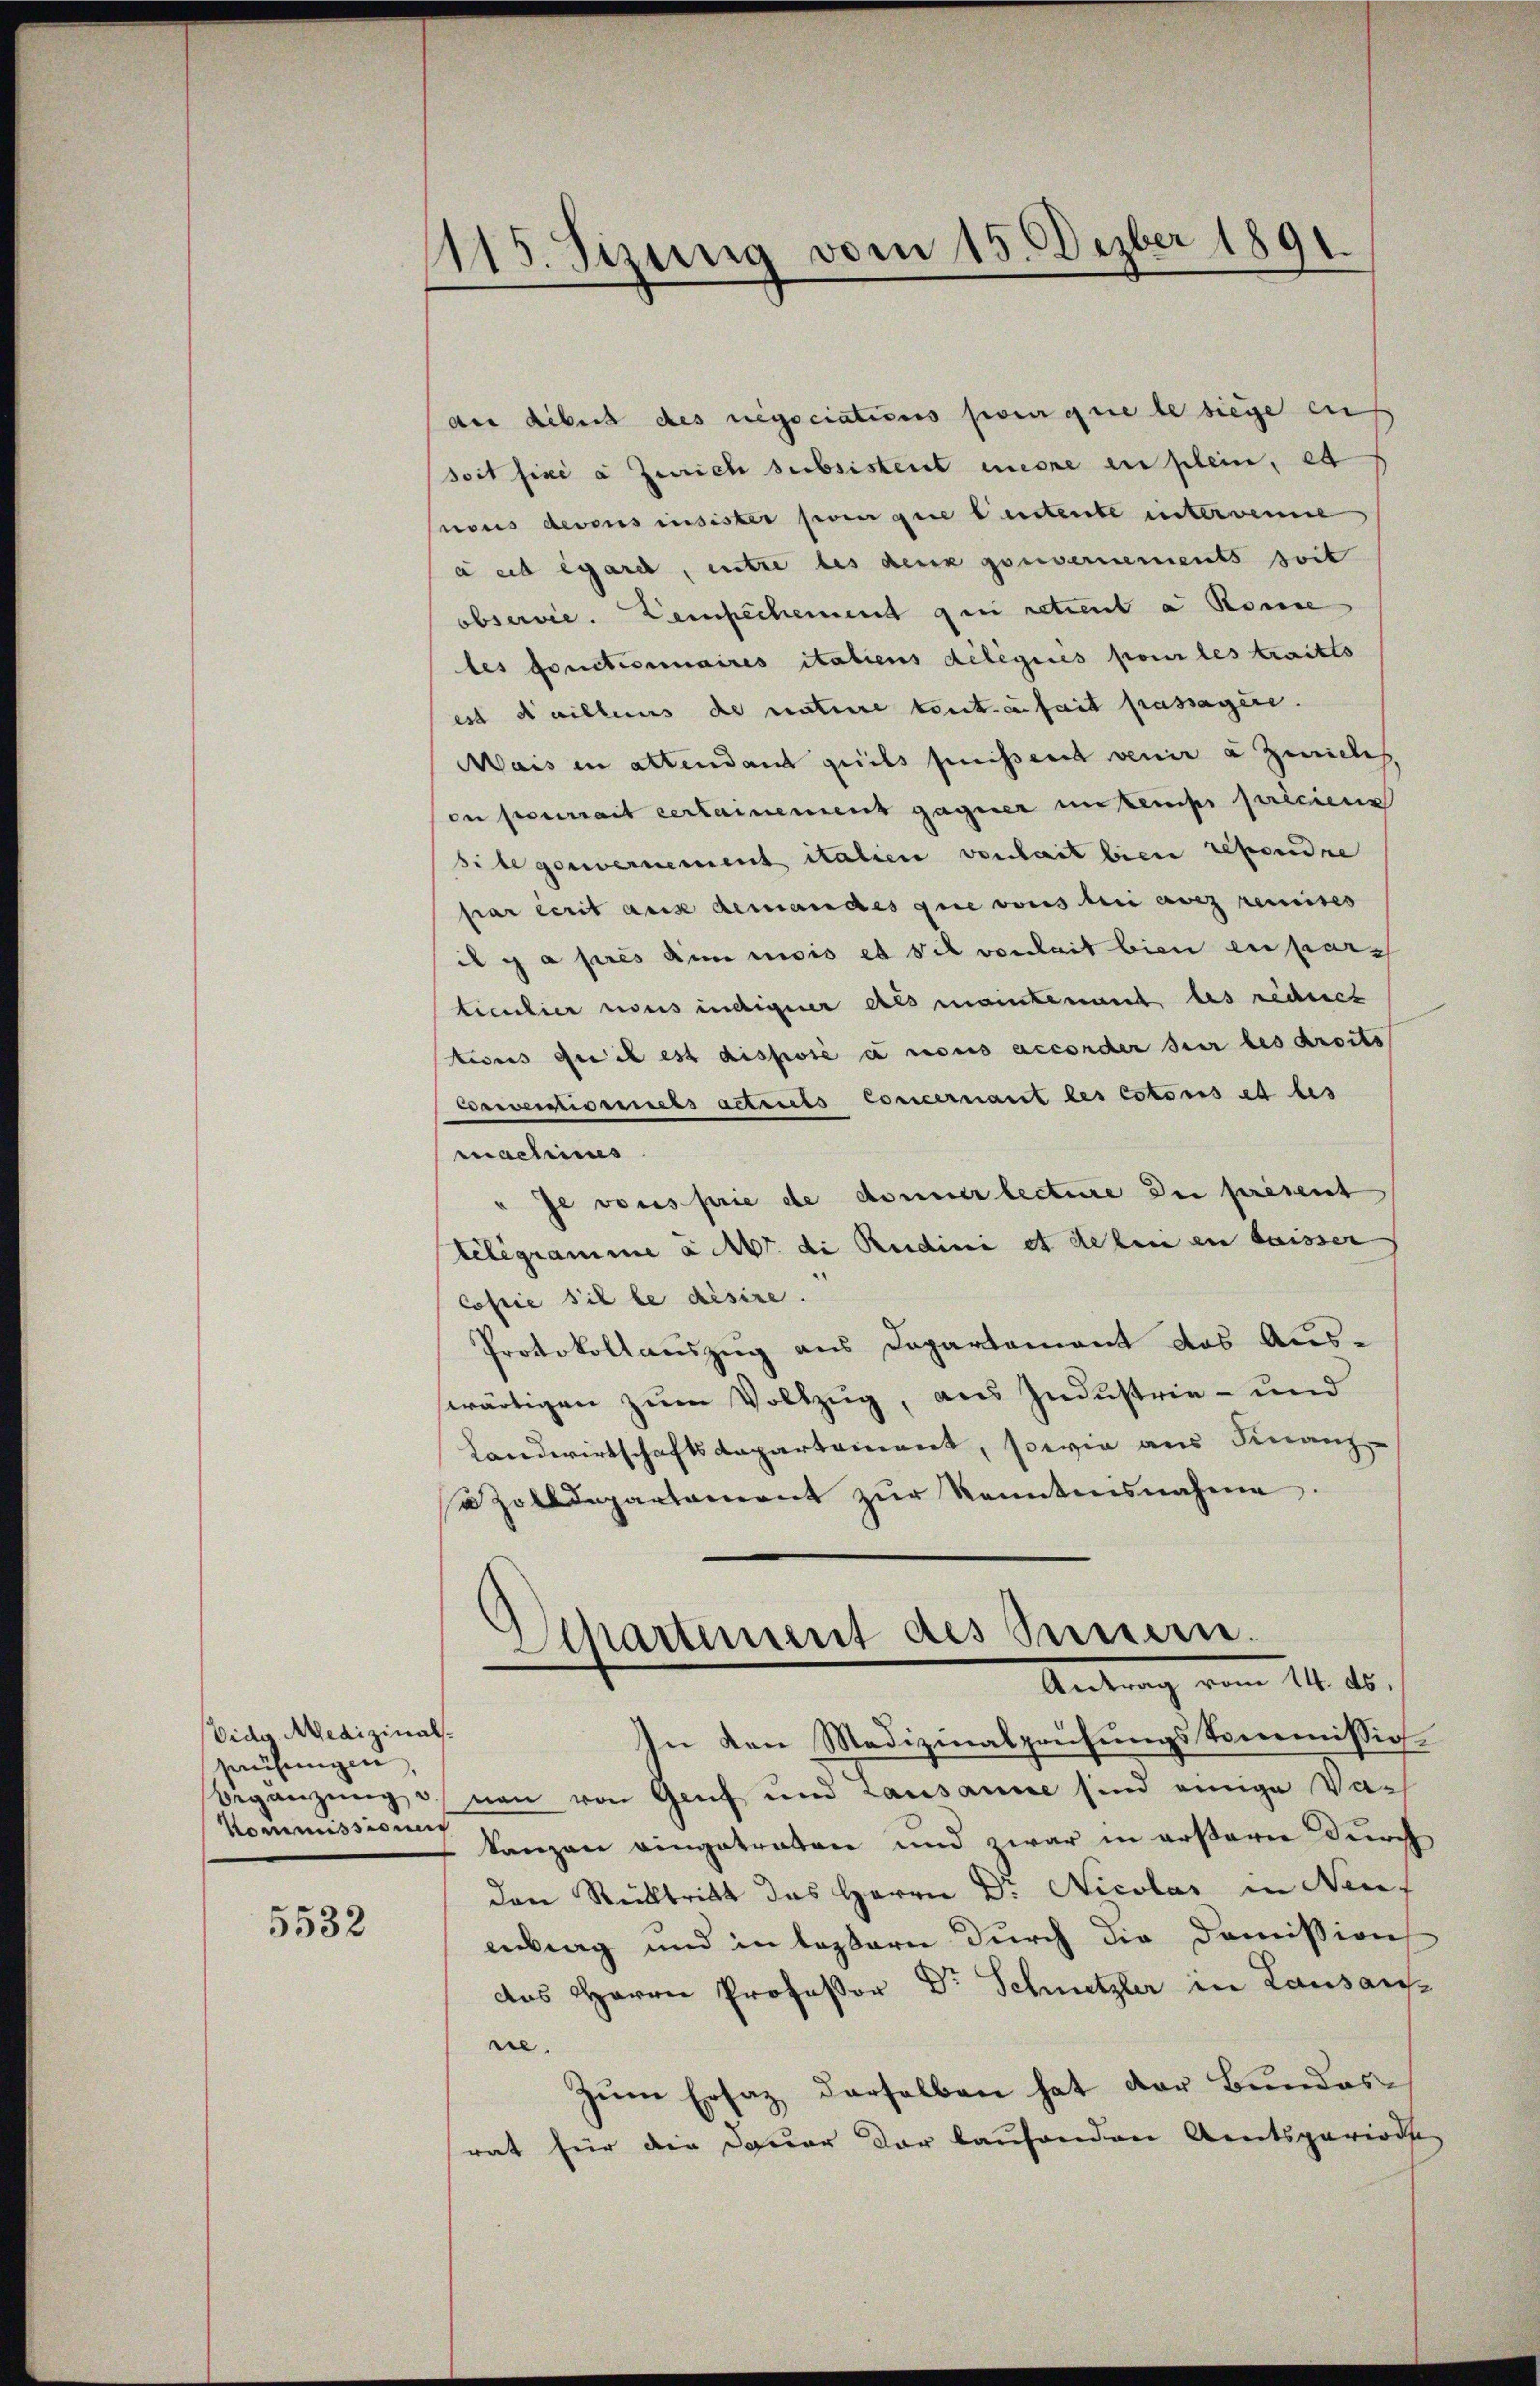
Vido Medizinals
prüfungen,
Kommissionen

5532

115. Sizung vom 15. Dezber 1891.

der Libert des negociations pour que le siege ei
soit fixe à Zürich subsistent more en plein, et
nous devens insister sein gene leistente unterweine
a ed egard, entre des deux gouvernements soit
observie. Dempachement qui retient a Rome
tes fonctionaires italiens délégués pour les traitts
est daillens de nature toute fait passagere.
Mais in altendant geeils puissert venir à Zwickes.
on pourrait certainement gagner untemps préciens
site gewernement italien verheit bien repondre
par écrit aus demandes que vons bei die remises
il y a prés den misis et sit vonheit bien en pars
ticulier nous indigerer als maintenant les reduct
tions que il est disposé à nous accorder sur les droits
Conventionnels actruels Concernant les cotonis et les
macheines
u je vons prie de donner lectire de present
belegramme a M. die Reidini et de bei en laisser
cossie sie le désire.
Protokollauszug aus Departement das Ausswärtigen zum Vollzug, aus Industrie- und
Landwirtschaftsdepartement, sowie aus Finanz-
so zolldepartament zur Kenntnisnahme.

Departement des Sumerie.
Antrag vom 14. 15.

In von Medizinalprüfungskommission
begänzung u. non von Genf und Lausanne sind einige Valanzen eingetraten und zwar in erstern durch
den Rücktritt das Herrn Dr. Nicolas in Neuf
etrag und in leztern durch die Domission
das Herrn Professor Dr Schnetzler in Lausan-
re.
Zum Ersatz derselben hat der Bundesrat für die Dauer der laufenden Amtsperiode